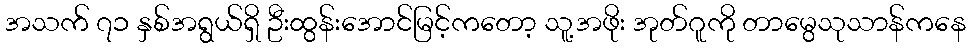
အသက် ၇၁ နှစ်အရွယ်ရှိ ဦးထွန်းအောင်မြင့်ကတော့ သူ့အဖိုး အုတ်ဂူကို တာမွေသုသာန်ကနေ